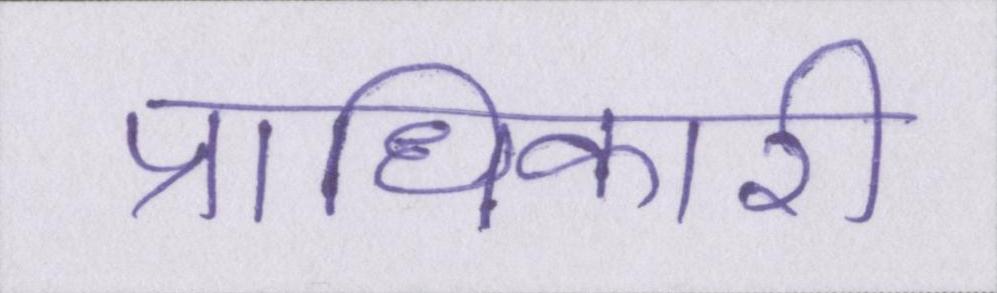
प्राधिकारी